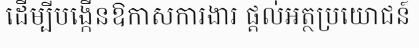
ដើម្បីបង្កើនឱកាសការងារ ផ្តល់អត្ថប្រយោជន៍